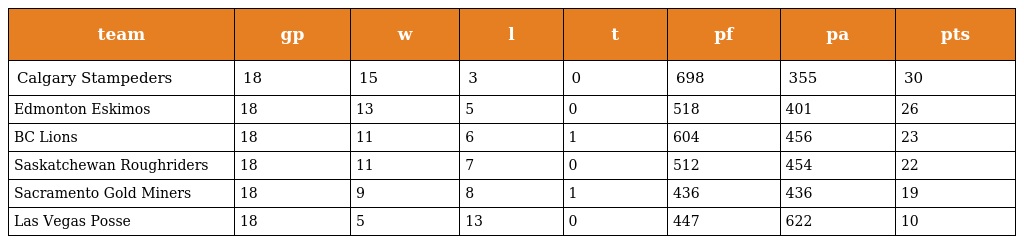
| team | gp | w | l | t | pf | pa | pts |
 | --- | --- | --- | --- | --- | --- | --- | --- |
 | Calgary Stampeders | 18 | 15 | 3 | 0 | 698 | 355 | 30 |
 | Edmonton Eskimos | 18 | 13 | 5 | 0 | 518 | 401 | 26 |
 | BC Lions | 18 | 11 | 6 | 1 | 604 | 456 | 23 |
 | Saskatchewan Roughriders | 18 | 11 | 7 | 0 | 512 | 454 | 22 |
 | Sacramento Gold Miners | 18 | 9 | 8 | 1 | 436 | 436 | 19 |
 | Las Vegas Posse | 18 | 5 | 13 | 0 | 447 | 622 | 10 |